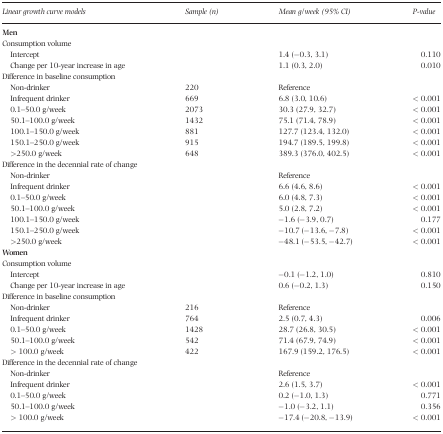
<table><thead><tr><td><b>Linear growth curve models</b></td><td><b>Sample (n)</b></td><td><b>Mean g/week (95% CI)</b></td><td><b>P‐value</b></td></tr></thead><tbody><tr><td><b>Men</b></td><td></td><td></td><td></td></tr><tr><td>Consumption volume</td><td></td><td></td><td></td></tr><tr><td>Intercept</td><td></td><td>1.4 (−0.3, 3.1)</td><td>0.110</td></tr><tr><td>Change per 10‐year increase in age</td><td></td><td>1.1 (0.3, 2.0)</td><td>0.010</td></tr><tr><td colspan="4">Difference in baseline consumption</td></tr><tr><td>Non‐drinker</td><td>220</td><td>Reference</td><td></td></tr><tr><td>Infrequent drinker</td><td>669</td><td>6.8 (3.0, 10.6)</td><td>&lt; 0.001</td></tr><tr><td>0.1–50.0 g/week</td><td>2073</td><td>30.3 (27.9, 32.7)</td><td>&lt; 0.001</td></tr><tr><td>50.1–100.0 g/week</td><td>1432</td><td>75.1 (71.4, 78.9)</td><td>&lt; 0.001</td></tr><tr><td>100.1–150.0 g/week</td><td>881</td><td>127.7 (123.4, 132.0)</td><td>&lt; 0.001</td></tr><tr><td>150.1–250.0 g/week</td><td>915</td><td>194.7 (189.5, 199.8)</td><td>&lt; 0.001</td></tr><tr><td>&gt;250.0 g/week</td><td>648</td><td>389.3 (376.0, 402.5)</td><td>&lt; 0.001</td></tr><tr><td colspan="4">Difference in the decennial rate of change</td></tr><tr><td>Non‐drinker</td><td></td><td>Reference</td><td></td></tr><tr><td>Infrequent drinker</td><td></td><td>6.6 (4.6, 8.6)</td><td>&lt; 0.001</td></tr><tr><td>0.1–50.0 g/week</td><td></td><td>6.0 (4.8, 7.3)</td><td>&lt; 0.001</td></tr><tr><td>50.1–100.0 g/week</td><td></td><td>5.0 (2.8, 7.2)</td><td>&lt; 0.001</td></tr><tr><td>100.1–150.0 g/week</td><td></td><td>−1.6 (−3.9, 0.7)</td><td>0.177</td></tr><tr><td>150.1–250.0 g/week</td><td></td><td>−10.7 (−13.6, −7.8)</td><td>&lt; 0.001</td></tr><tr><td>&gt;250.0 g/week</td><td></td><td>−48.1 (−53.5, −42.7)</td><td>&lt; 0.001</td></tr><tr><td colspan="4"><b>Women</b></td></tr><tr><td colspan="4">Consumption volume</td></tr><tr><td>Intercept</td><td></td><td>−0.1 (−1.2, 1.0)</td><td>0.810</td></tr><tr><td>Change per 10‐year increase in age</td><td></td><td>0.6 (−0.2, 1.3)</td><td>0.150</td></tr><tr><td colspan="4">Difference in baseline consumption</td></tr><tr><td>Non‐drinker</td><td>216</td><td>Reference</td><td></td></tr><tr><td>Infrequent drinker</td><td>764</td><td>2.5 (0.7, 4.3)</td><td>0.006</td></tr><tr><td>0.1–50.0 g/week</td><td>1428</td><td>28.7 (26.8, 30.5)</td><td>&lt; 0.001</td></tr><tr><td>50.1–100.0 g/week</td><td>542</td><td>71.4 (67.9, 74.9)</td><td>&lt; 0.001</td></tr><tr><td>&gt; 100.0 g/week</td><td>422</td><td>167.9 (159.2, 176.5)</td><td>&lt; 0.001</td></tr><tr><td colspan="4">Difference in the decennial rate of change</td></tr><tr><td>Non‐drinker</td><td></td><td>Reference</td><td></td></tr><tr><td>Infrequent drinker</td><td></td><td>2.6 (1.5, 3.7)</td><td>&lt; 0.001</td></tr><tr><td>0.1–50.0 g/week</td><td></td><td>0.2 (−1.0, 1.3)</td><td>0.771</td></tr><tr><td>50.1–100.0 g/week</td><td></td><td>−1.0 (−3.2, 1.1)</td><td>0.356</td></tr><tr><td>&gt; 100.0 g/week</td><td></td><td>−17.4 (−20.8, −13.9)</td><td>&lt; 0.001</td></tr></tbody></table>